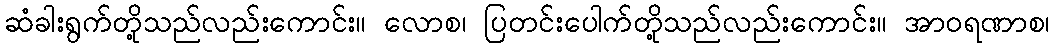
ဆံခါးရွက်တို့သည်လည်းကောင်း။ လောစ၊ ပြတင်းပေါက်တို့သည်လည်းကောင်း။ အာဝရဏာစ၊